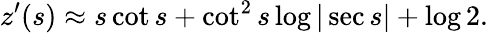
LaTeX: z^{\prime}(s)\approx s\cot s+\cot^{2}s\log|\sec s|+\log 2.